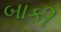
બાકી